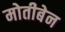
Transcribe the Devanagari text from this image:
मोतीबेन